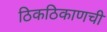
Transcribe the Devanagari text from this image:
ठिकठिकाणची